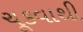
ચૂકવાથી